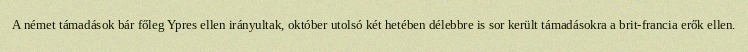
A német támadások bár főleg Ypres ellen irányultak, október utolsó két hetében délebbre is sor került támadásokra a brit-francia erők ellen.